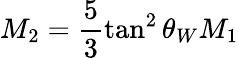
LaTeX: M_{2}=\frac{5}{3}\tan^{2}\theta_{W}M_{1}